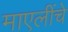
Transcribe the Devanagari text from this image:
माएलींचे